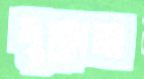
বুড়োরা